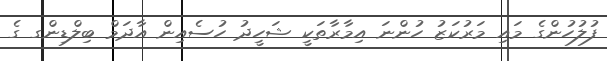
ފުލުހުންގެ މައި މަރުކަޒު ހުންނަ އިމާރާތަކީ ޝަހީދު ހުސެއިން އާދަމް ބިލްޑިންގ ގެ